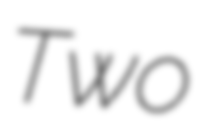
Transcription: Two